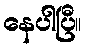
နေပါပြီ။